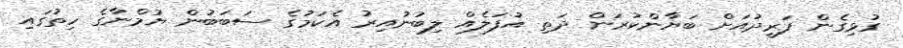
ގުޅިގެން ފަރީދުއަށް ބަޔާންކުރަން ދަތި އުފަލެއް ލިބުނުއިރު އެކަމުގެ ސަބަބުން ޔުމްނާގެ ހިތުގައި